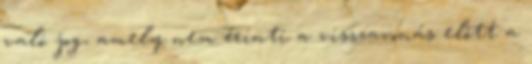
való jog, amely nem érinti a visszavonás előtt a